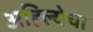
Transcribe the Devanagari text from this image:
अहिल्येचा